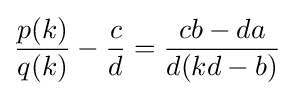
{\frac {p(k)}{q(k)}}-{\frac {c}{d}}={\frac {cb-da}{d(kd-b)}}